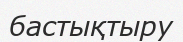
бастықтыру